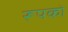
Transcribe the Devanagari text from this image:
रूपको